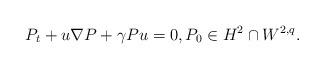
LaTeX: \begin{align*}P_t+u \nabla P+\gamma P u=0, P_0 \in H^2 \cap W^{2,q}.\end{align*}